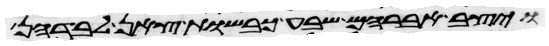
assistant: ויצב אברהם שבע כבשות צאן לבדהן